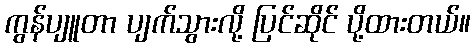
ကွန်ပျူတာ ပျက်သွားလို့ ပြင်ဆိုင် ပို့ထားတယ်။